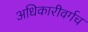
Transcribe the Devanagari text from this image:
अधिकारीवर्गच